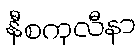
နီစကုလီနာ